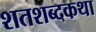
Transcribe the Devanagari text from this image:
शतशब्दकथा